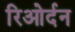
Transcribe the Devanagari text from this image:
रिओर्दन